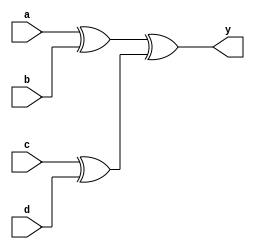
/* 
Parity

by Jefferson Lopes

Reference: Asic-world
*/

module parity (a, b, c, d, y);
  input a;
  input b;
  input c;
  input d;
  
  output y;
  
  wire a;
  wire b;
  wire c;
  wire d;
  wire y;
  
  wire out0;
  wire out1;
  
  xor u0 (out0, a, b);
  
  xor u1 (out1, c, d);
  
  xor u2 (y, out0, out1);
  
endmodule